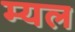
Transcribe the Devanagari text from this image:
म्यल